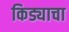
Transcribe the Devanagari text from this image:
किड्याचा